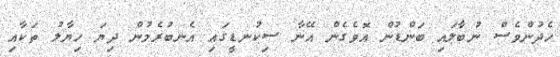
ހެދުންވެސް ނުބާލައި ބަންޑުން އޮވެގެން އޭނާ ސިކުނޑީގައި އެނބުރެމުން ދިޔަ ހިޔާލު ތަކާއި